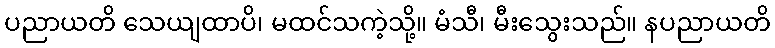
ပညာယတိ သေယျထာပိ၊ မထင်သကဲ့သို့။ မံသီ၊ မီးသွေးသည်။ နပညာယတိ